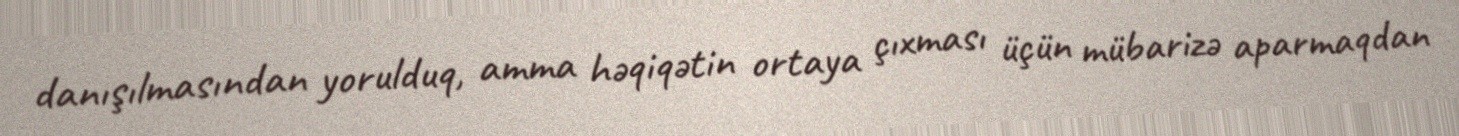
danışılmasından yorulduq, amma həqiqətin ortaya çıxması üçün mübarizə aparmaqdan